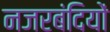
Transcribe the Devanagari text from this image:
नजरबंदियों